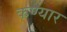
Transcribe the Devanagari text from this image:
कण्यार